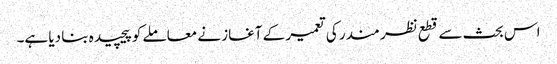
اس بحث سے قطع نظر مندر کی تعمیر کے آغاز نے معاملے کو پیچیدہ بنا دیا ہے۔